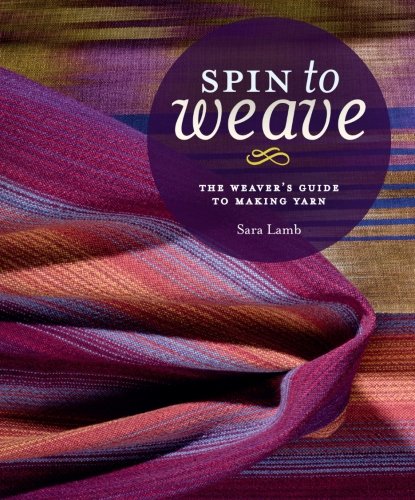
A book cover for Spin to Weave: The Weaver's Guide to Making Yarn; Sara Lamb; Crafts, Hobbies & Home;